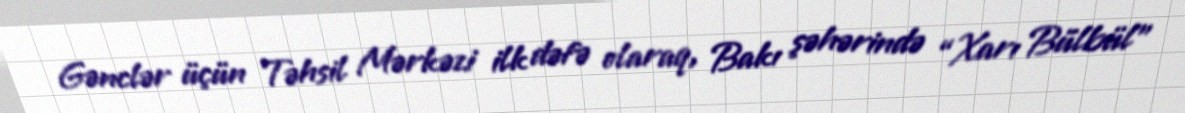
Gənclər üçün Təhsil Mərkəzi ilk dəfə olaraq, Bakı şəhərində “Xarı Bülbül”